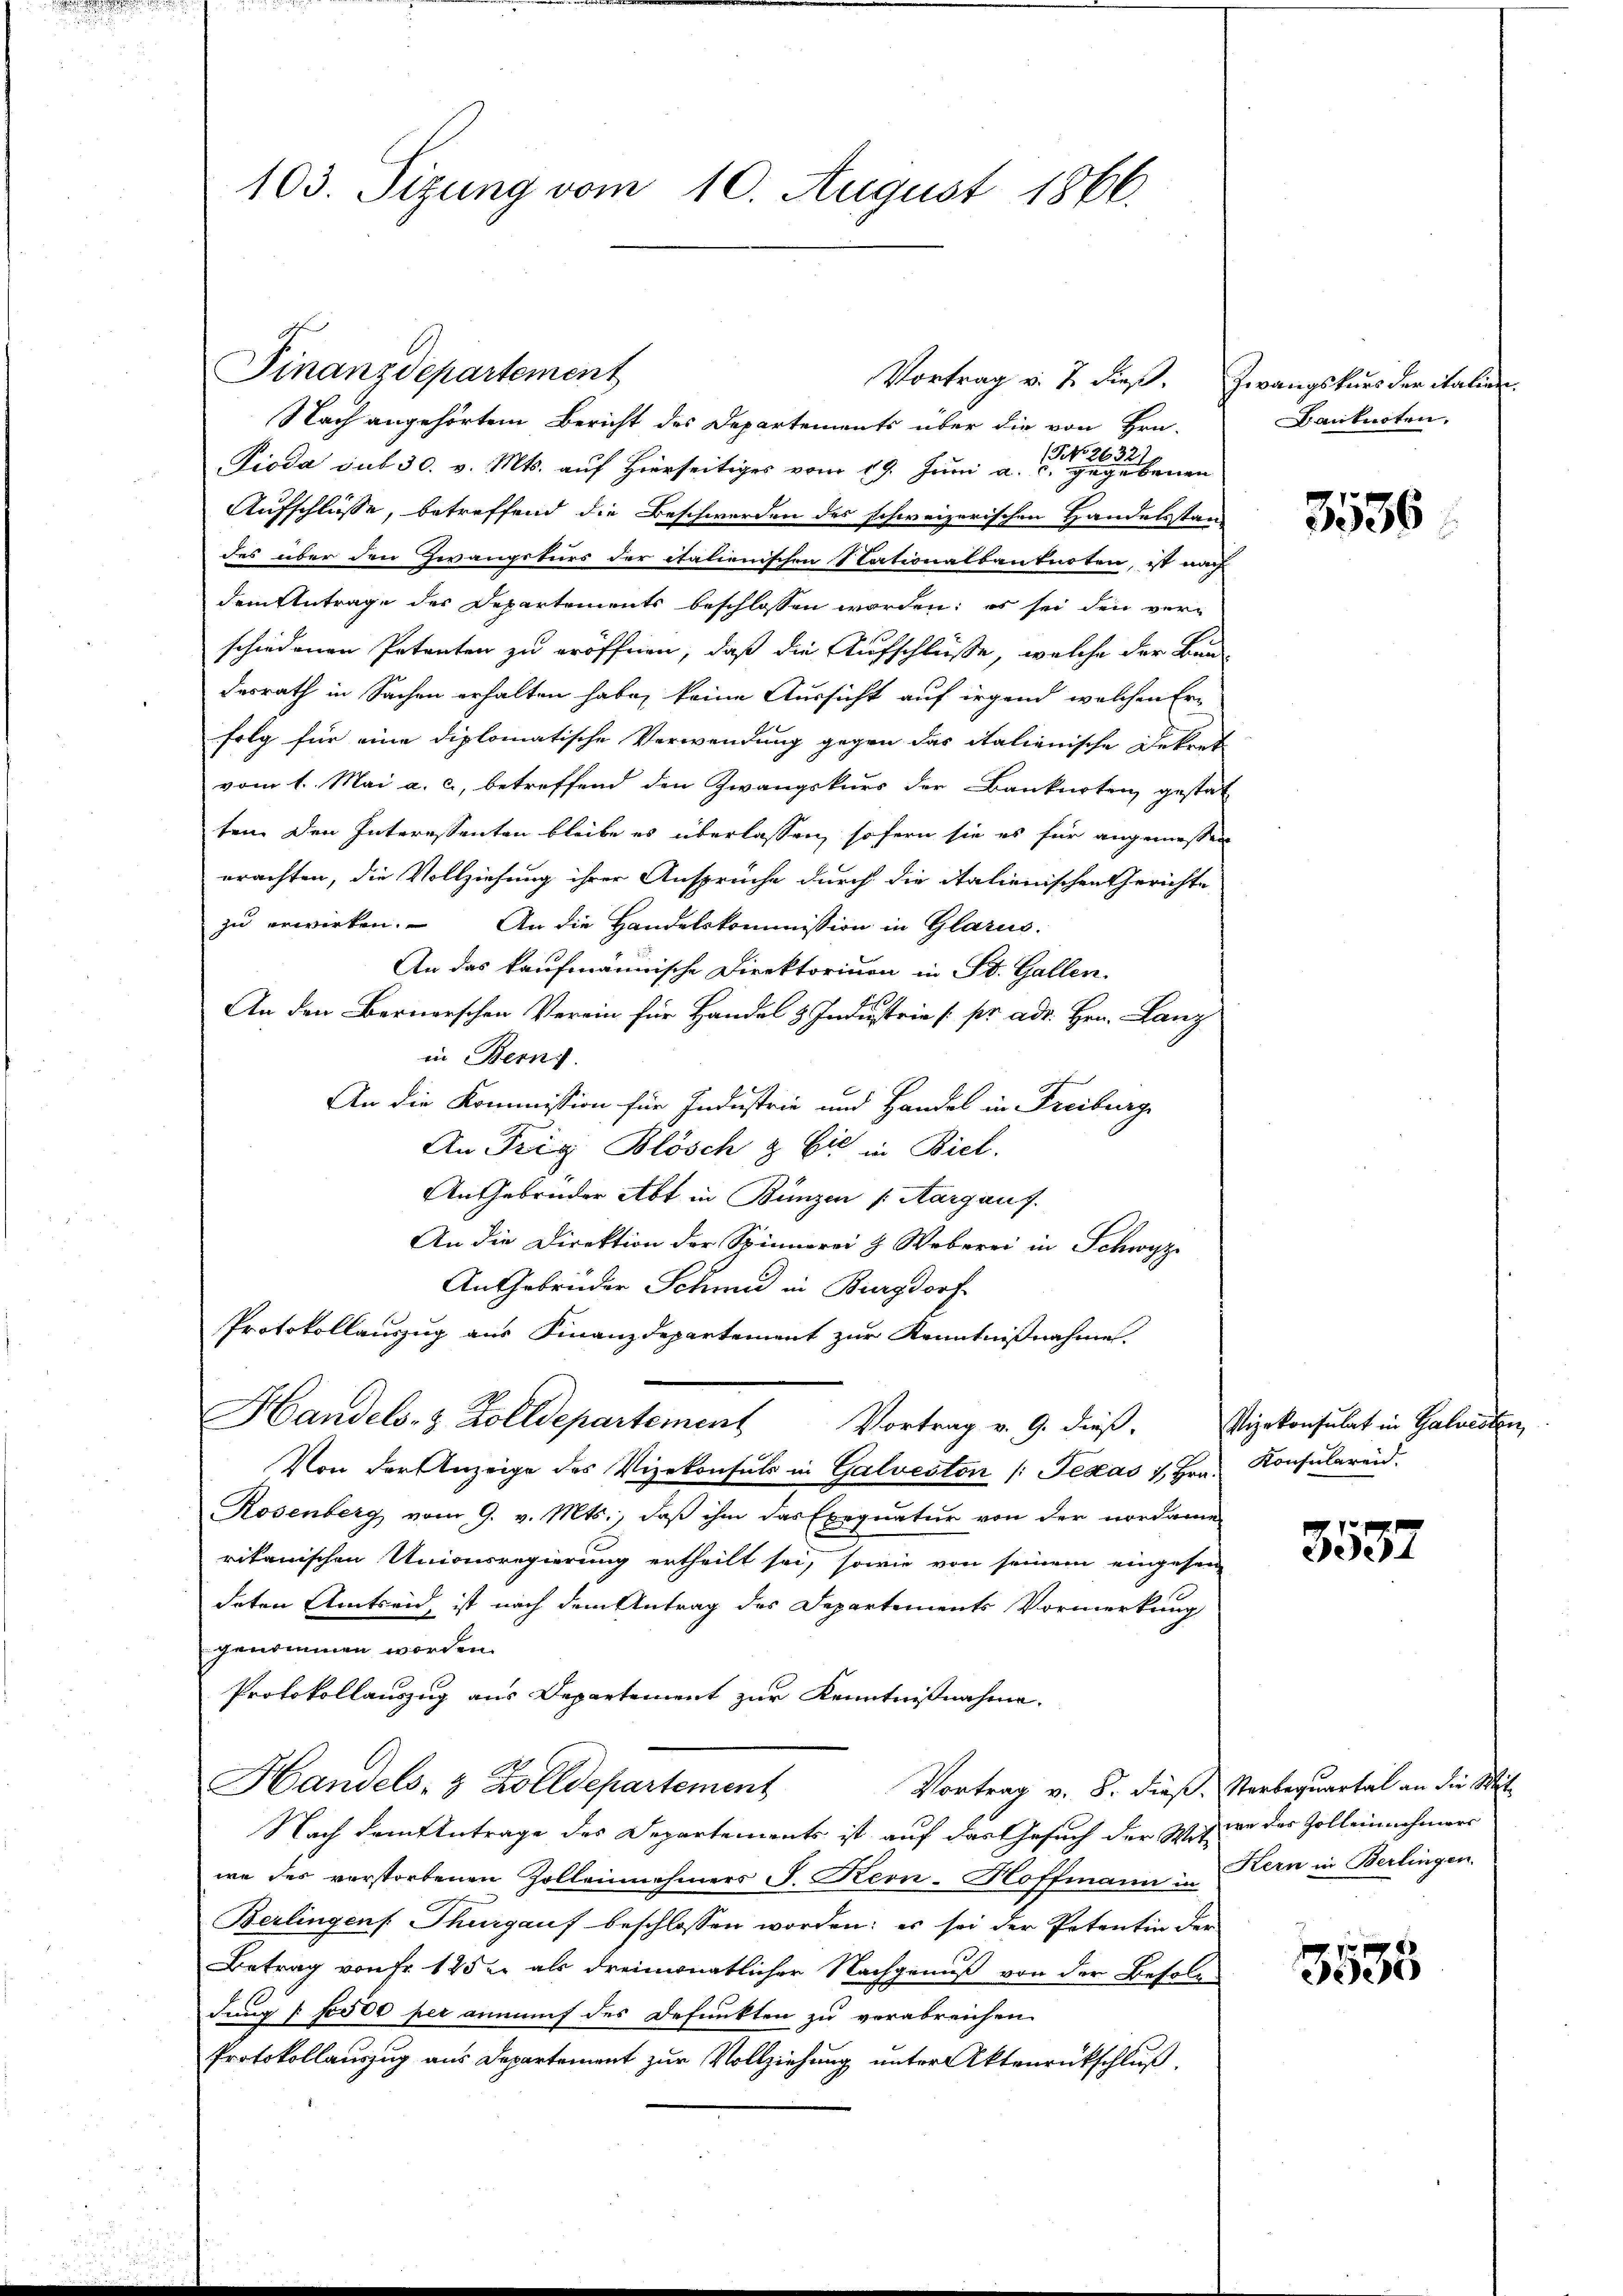
Finanzdepartement
Vortrag v. 7. dieß. Zwangskurs der italien.
Nach angehörtem Bericht des Departements über die von Hrn.
Pioda sub 30. v. Mts. auf Hierseitiges vom 29. Juni a. u. ebenen
Aufschlüsse, betreffend die Beschwerden des schweizerischen Handelsstan
des über den Zwangskurs der italienischen Stationalbanknoten, ist nach
dem Antrage der Departements beschlossen worden; es sei den verschiedenen Petenten zu eröffnen, daß die Aufschlüsse, welche der Baudesrath in Sachen erhalten habe, keine Aussicht auf irgend welchen Er-
folg für eine diplomatische Verwendung gegen das italienische Dekret
vom 1. Mai a. c., betreffend den Zwangskurs der Bankarten gestat
ten den Interessenten bleibe es überlassen, sofern sie es für angemessen
erachten, die Vollziehung ihrer Ansprüche durch die italienischen Gerichte
zu erwirken. An die Handelskommission in Glarus.
An das kaufmännische Direktorium in St. Gallen.
An den Bernerschen Verein für Handel & Industrie pr. ad. Hrn. Lanz
in Bern.
An die Kommission für Industrie und Handel in Freiburg
An Trig Blösch & Cie in Biel.
An Gebrüder Abt in Bunzen (Aargauf.
An die Direktion der Spinnerei & Weberei in Schwyz
An Gebrüder Schmid in Burgdorf
Protokollauszug aus Finanzdepartement zur Kenntnißnahme.
Handels- & Zolldepartement
Vortrag v. 9. dieß. Vizekonsulat in Galvesten,
Von der Anzeige des Vizekonsuls in Galveston (Texas 1, Hrn.
Rosenberg vom 9. v. Mts., daß ihm das Exequatur von der nordame
rikanischen Unionsregierung ertheilt sei, sowie von seinem eingesen
deten Amtsend, ist nach dem Antrag des Departements Vormerkung
genommen worden.
Protokollauszug aus Departement zur Kenntnißnahme.
Handels- & Zolldepartement
Vortrag v. 8. dieß. Sterbequartal an die Mit-
Nach dem Antrage des Departements ist auf das Gesuch der Witive des Zolleinnehmers
we des verstorbenen Zolleinnehmers J. Kern-Hoffmann in Kern in Berlingen.
Berlingens Thurgauf beschlossen worden: es sei der Petentin der
Betrag von Fr. 125 u. als dreimonatlicher Nachgenuß von der Besolde
dung / Foo 00 per anmanf des Defunkten zu verabreichen
Protokollauszug aus Departement zur Vollziehung unter Aktenrückschluß

103. Sizung vom 10. August 1866.

Banknoten.

3536

Konsularen.

3531

3535